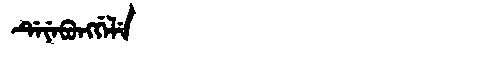
Manchu: ᡩᡝᠶᡝᠪᡠᠩᡤᡝᠯᡝ
Romanization: DEYEBUNGGELE